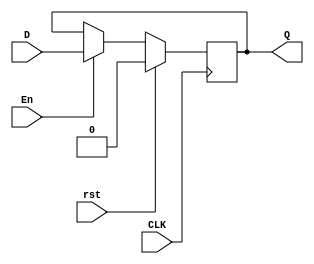
`timescale 1ns / 1ps
module DFF_synch 
(
    input D,
    input CLK,
    input rst,En,
    output reg Q
);
    always @(posedge CLK ) 
    begin
        if(rst)
            Q <=1'b0;
        else
            if(En)
                Q<=D;
    end 
endmodule